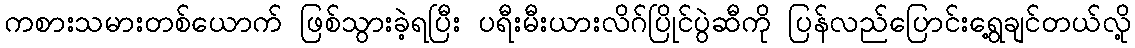
ကစားသမားတစ်ယောက် ဖြစ်သွားခဲ့ရပြီး ပရီးမီးယားလိဂ်ပြိုင်ပွဲဆီကို ပြန်လည်ပြောင်းရွေ့ချင်တယ်လို့